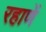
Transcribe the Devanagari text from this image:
रहाणें